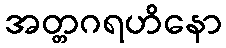
အတ္တဂရဟိနော